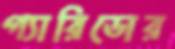
গ্যারিডোর